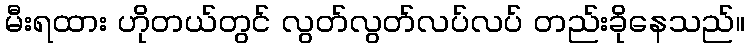
မီးရထား ဟိုတယ်တွင် လွတ်လွတ်လပ်လပ် တည်းခိုနေသည်။